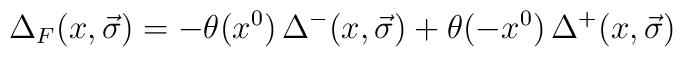
{\Delta}_{F}(x,\vec{\sigma})=-\theta(x^0)\,{\Delta}^{-}(x,\vec{\sigma})+\theta(-x^0)\,{\Delta}^{+}(x,\vec{\sigma})